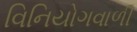
વિનિયોગવાળી